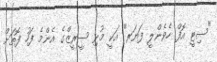
"ސިޓީ އޮފް ހެވެންލީ ފަޔަރ" އަކީ މުޅި ސީރީޒްގެ އެންމެ ފަހު ފޮތަށް